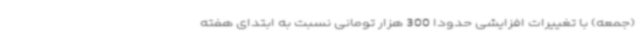
(جمعه) با تغییرات افزایشی حدودا 300 هزار تومانی نسبت به ابتدای هفته